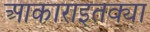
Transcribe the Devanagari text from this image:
आकाराइतक्या